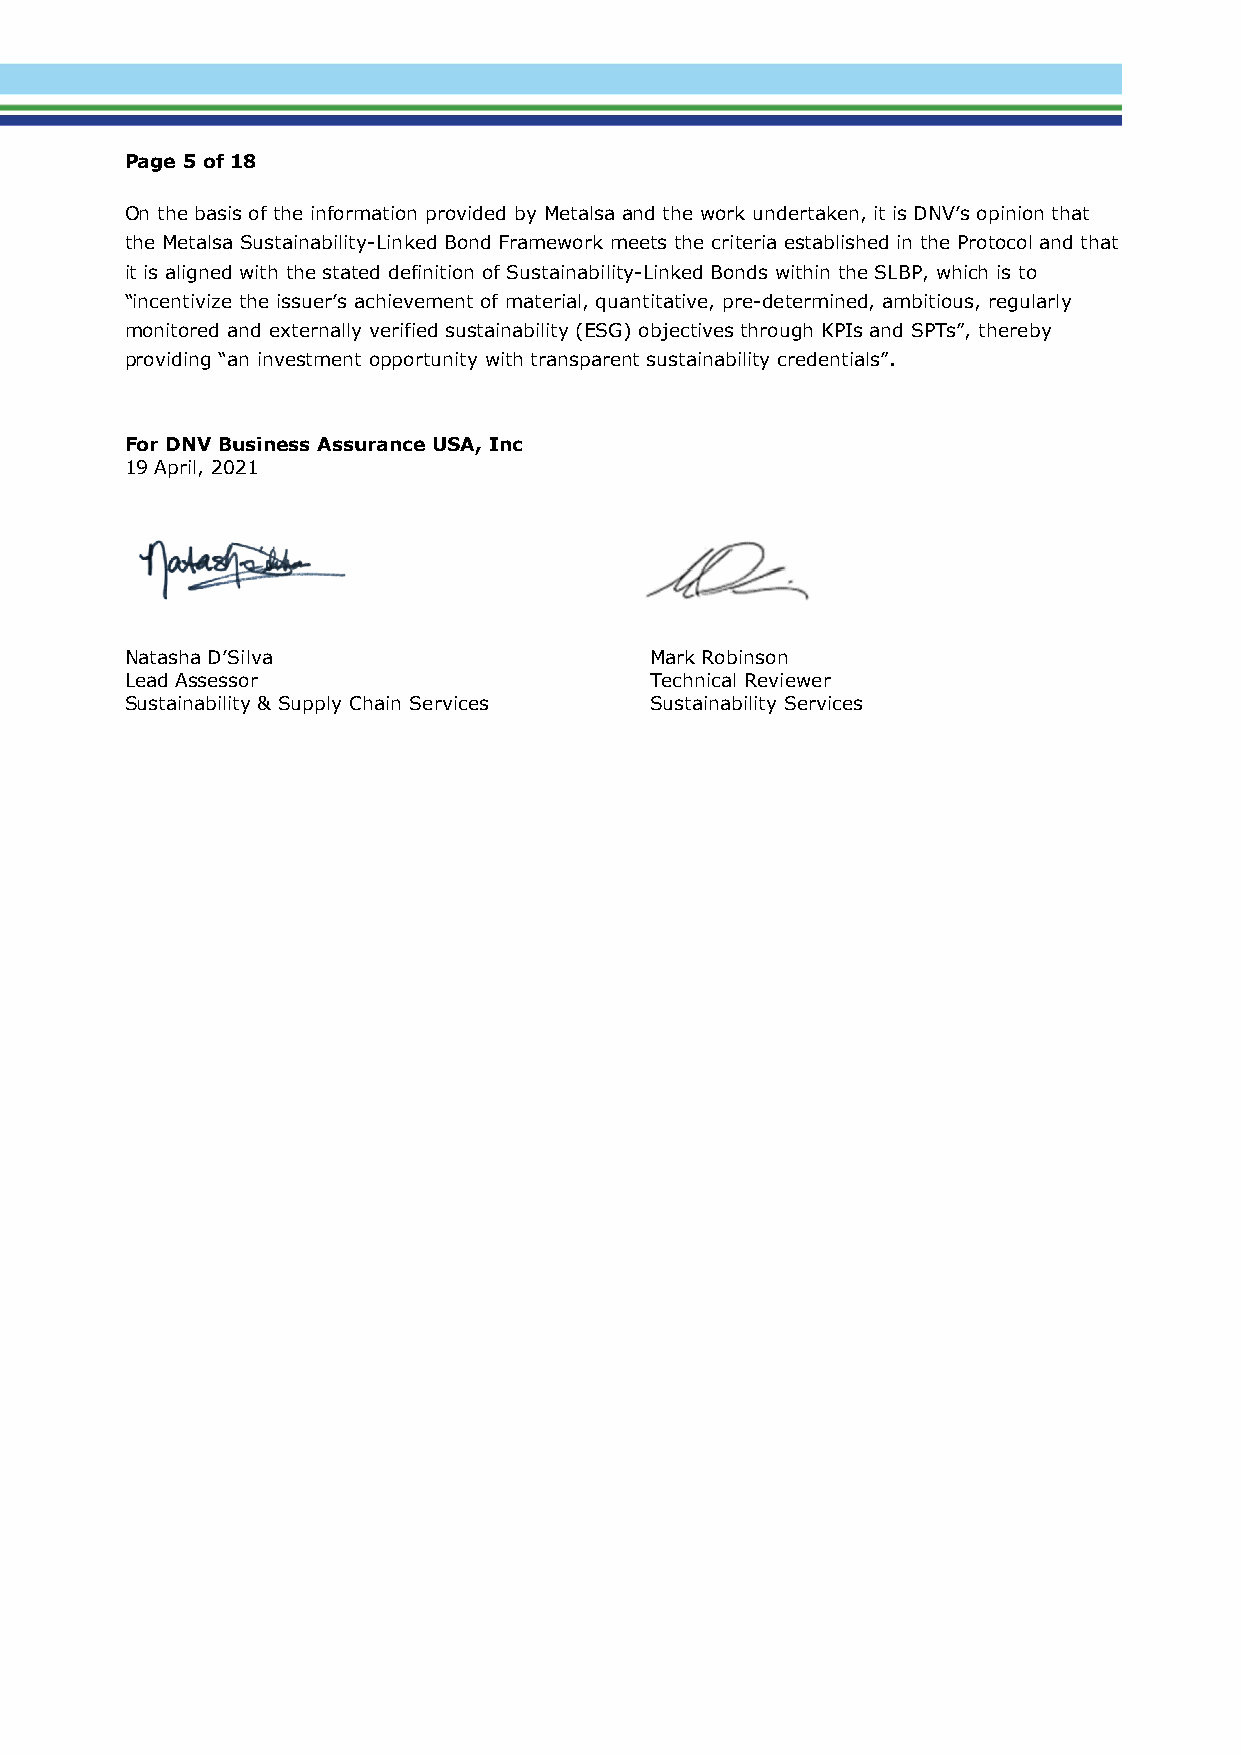
Page 5 of 18
 On the basis of the information provided by Metalsa and the work undertaken, it is DNV’s opinion that
 the Metalsa Sustainability-Linked Bond Framework meets the criteria established in the Protocol and that
 it is aligned with the stated definition of Sustainability-Linked Bonds within the SLBP, which is to
 “incentivize the issuer’s achievement of material, quantitative, pre-determined, ambitious, regularly
 monitored and externally verified sustainability (ESG) objectives through KPIs and SPTs”, thereby
 providing “an investment opportunity with transparent sustainability credentials”.
 For DNV Business Assurance USA, Inc
 19 April, 2021
 Natasha D’Silva                    Mark Robinson
 Lead Assessor                      Technical Reviewer
 Sustainability & Supply Chain Services Sustainability Services